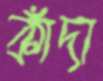
কাঁদা